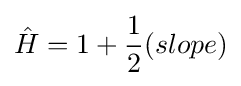
{\hat {H}}=1+{\frac {1}{2}}(slope)